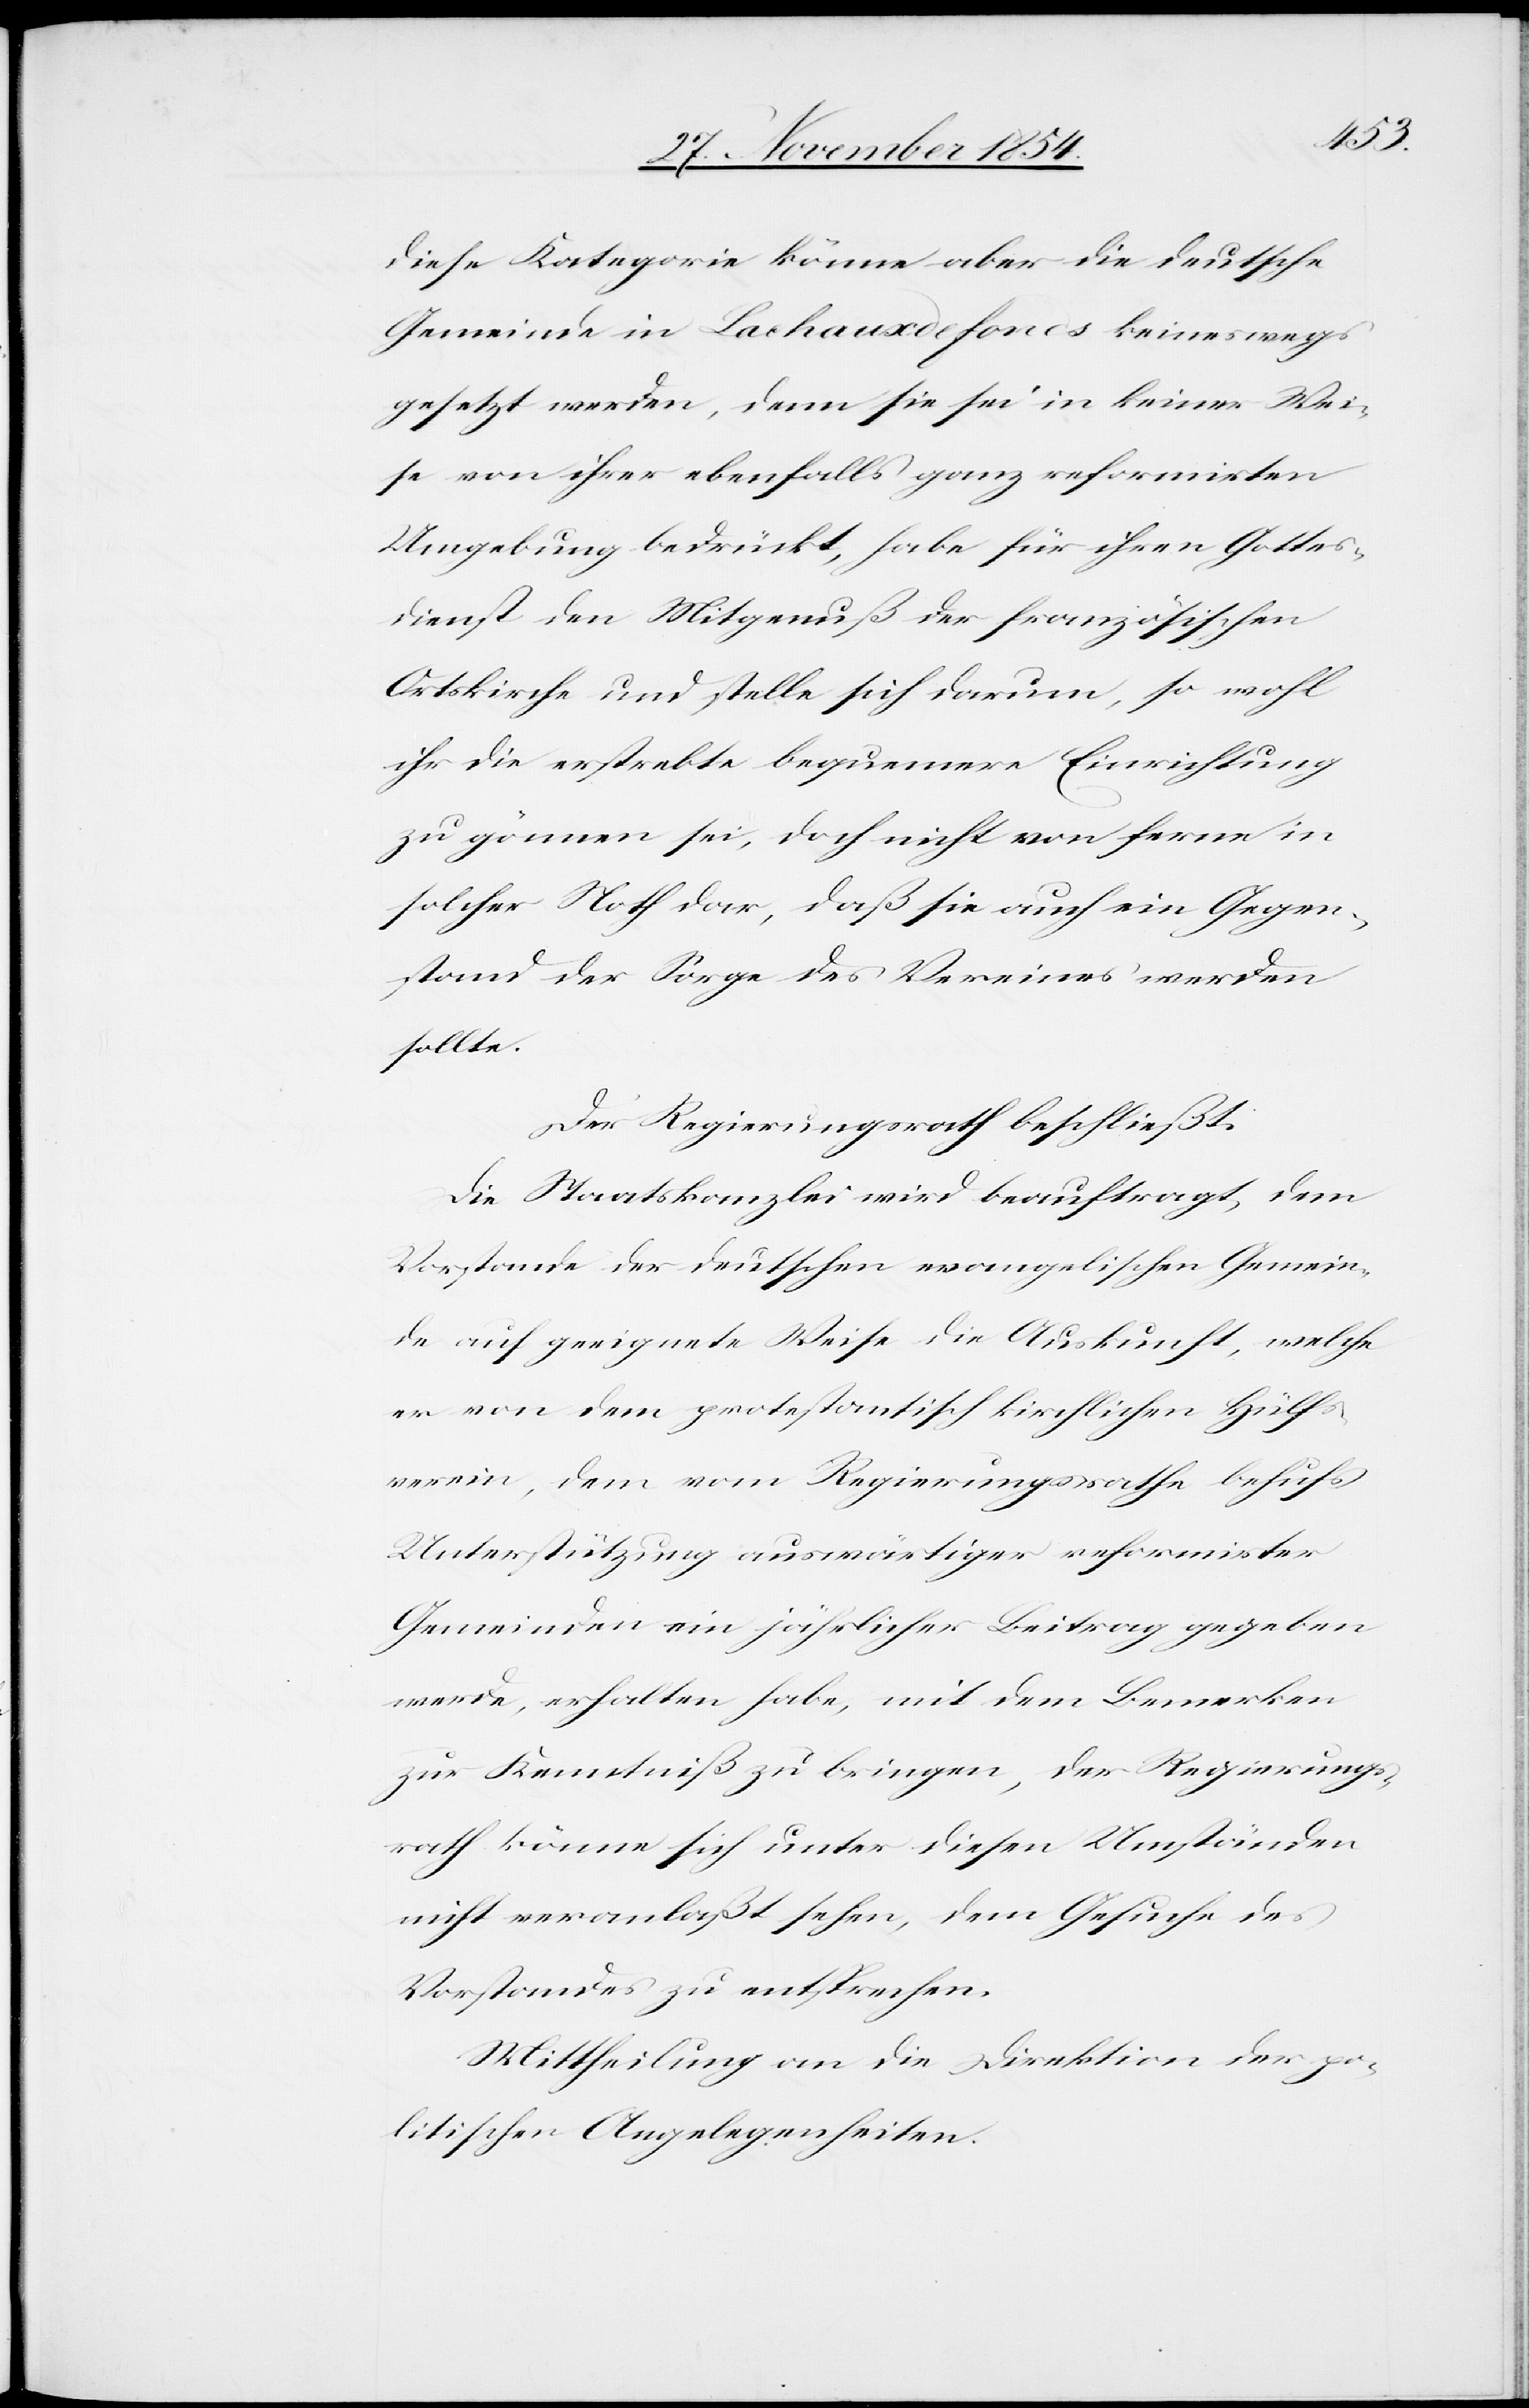
diese Kategorie könne aber die deutsche
Gemeinde in Lachauxdefonds [sic!] keineswegs
gesetzt werden, denn sie sei in keiner Wei¬
se von ihrer ebenfalls ganz reformirten
Umgebung bedrückt, habe für ihren Gottes¬
dienst den Mitgenuß der französischen
Ortskirche und stelle sich darum, so wohl
ihr die erstrebte bequemere Einrichtung
zu gönnen sei, doch nicht von ferne in
solcher Noth dar, daß sie auch ein Gegen¬
stand der Sorge des Vereines werden
sollte.
Der Regierungsrath beschließt:
Die Staatskanzlei wird beauftragt, dem
Vorstande der deutschen evangelischen Gemein¬
de auf geeignete Weise die Auskunft, welche
er von dem protestantisch kirchlichen Hülfs¬
verein, dem vom Regierungsrathe behufs
Unterstützung auswärtiger reformirter
Gemeinden ein jährlicher Beitrag gegeben
werde, erhalten habe, mit dem Bemerken
zur Kenntniß zu bringen, der Regierungs¬
rath könne sich unter diesen Umständen
nicht veranlaßt sehen, dem Gesuche des
Vorstandes zu entsprechen.
Mittheilung an die Direktion der po¬
litischen Angelegenheiten.